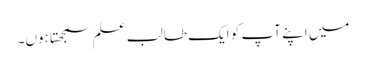
میں اپنے آپ کو ایک طالب علم سمجھتا ہوں۔